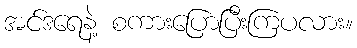
အင်ဒရေနဲ့ စကားပြောပြီးကြပလား။